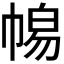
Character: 𭘫